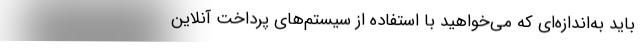
باید به‌اندازه‌ای که می‌خواهید با استفاده از سیستم‌های پرداخت آنلاین